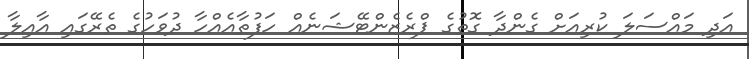
އަދި މައްސަލަ ކުރިއަށް ގެންދާ ގޮތުގެ ޕްރެޒެންޓޭޝަނެއް ހަފުތާއެއްހާ ދުވަހުގެ ތެރޭގައި އާއިލާ